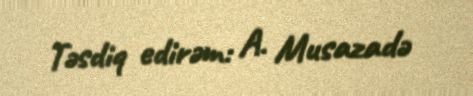
Təsdiq edirəm: A. Musazadə